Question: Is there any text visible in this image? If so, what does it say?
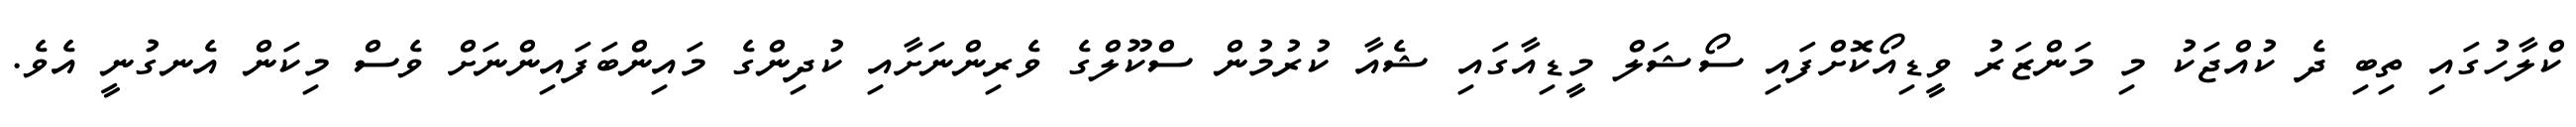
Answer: ކްލާހުގައި ތިބި ދެ ކުއްޖަކު މި މަންޒަރު ވީޑިއޯކޮށްފައި ސޯޝަލް މީޑިއާގައި ޝެއާ ކުރުމުން ސްކޫލްގެ ވެރިންނަށާއި ކުދިންގެ މައިންބަފައިންނަށް ވެސް މިކަން އެނގުނީ އެވެ.